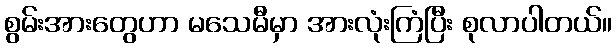
စွမ်းအားတွေဟာ မသေမီမှာ အားလုံးကြံပြီး စုလာပါတယ်။